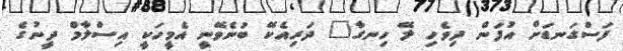
ފަސްގަނޑަށް އުފަން ދިވެހި ލޭ ހިނގާ" ދަރިއެކޭ ބުނެވޭނީ އެމީހަކީ އިސްލާމް ދީނުގެ